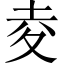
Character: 夌